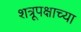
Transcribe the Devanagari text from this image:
शत्रूपक्षाच्या